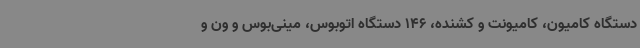
دستگاه کامیون، کامیونت و کشنده، 146 دستگاه اتوبوس، مینی‌بوس و ون و